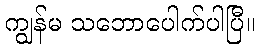
ကျွန်မ သဘောပေါက်ပါပြီ။